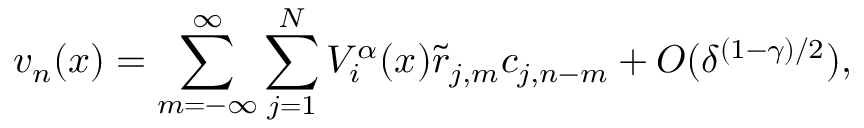
v _ { n } ( x ) = \sum _ { m = - \infty } ^ { \infty } \sum _ { j = 1 } ^ { N } V _ { i } ^ { \alpha } ( x ) \Tilde { r } _ { j , m } c _ { j , n - m } + O ( \delta ^ { ( 1 - \gamma ) / 2 } ) ,